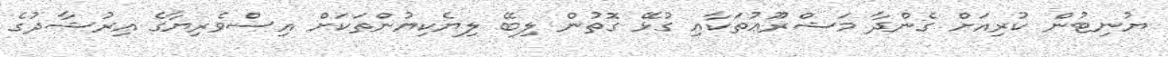
ޔުނިޓުން ކުރިއަށް ގެންދާ މަޝްރޫޢުތަކާއި ގުޅޭ ގޮތުން ލިބޭ ލިޔެކިޔުންތަކަށް އިސްވެރިޔާގެ އިރުޝާދުގެ